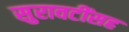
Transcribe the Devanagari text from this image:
सुरावटींसह